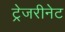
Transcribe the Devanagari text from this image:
ट्रेजरीनेट